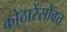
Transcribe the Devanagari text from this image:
कोठारेंसोबत